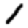
Digit: 1